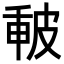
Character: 𤿪